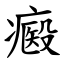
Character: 㿄